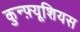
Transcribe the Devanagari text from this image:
कुन्फ़्यूशियस